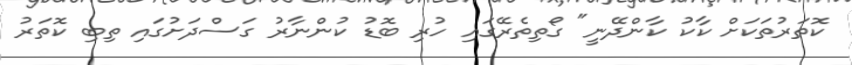
ކޮތަރުތަކަށް ކާކު ކާންދޭނީ" ގޯތިތެރޭގައި ހުރި ބޮޑު ކުންނާރު ގަސްދަށުގައި ތިބި ކޮތަރު